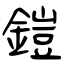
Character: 鎧